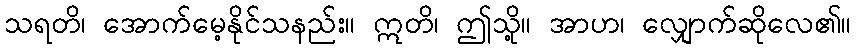
သရတိ၊ အောက်မေ့နိုင်သနည်း။ ဣတိ၊ ဤသို့။ အာဟ၊ လျှောက်ဆိုလေ၏။